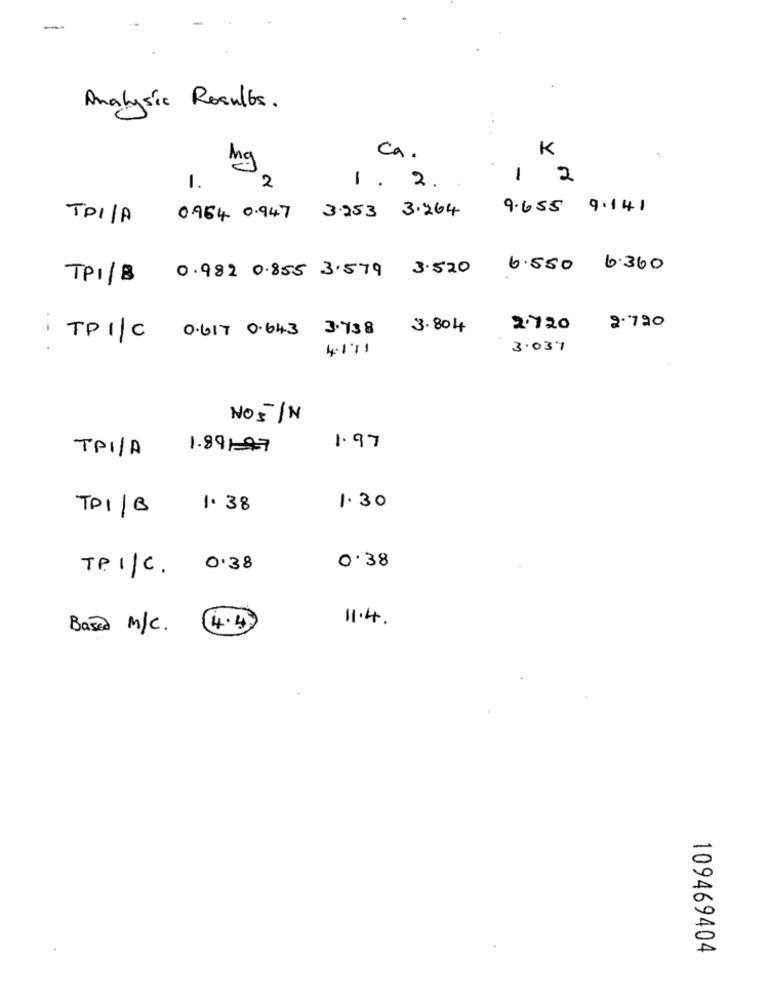
-
Analystic Results.
K
Ca.
mg
2
1 2
1.
1. 2.
0.954 0.947 3.253 3.264
9.655 9.141
TPI/A
TPI/8 0.982 0.855 3.579 3.520 6.550 6.360
3.804
2.720
2.720
TP 1/C 0.617 0.643 3.738
4.1.11
3.039
NO S/N
1.891-47
1.97
TPI/A
TPI/B
1.38
1.30
0.38
TPI/C. 0.38
11.4.
Based M/C.
4.4)
109469404